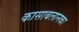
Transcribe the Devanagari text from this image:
कासाबलानका